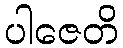
ပါဇေတိ